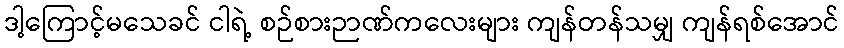
ဒါ့ကြောင့်မသေခင် ငါရဲ့ စဉ်စားဉာဏ်ကလေးများ ကျန်တန်သမျှ ကျန်ရစ်အောင်